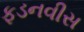
ફડનવીસ